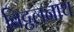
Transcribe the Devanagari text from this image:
बिट्ठलनाथ